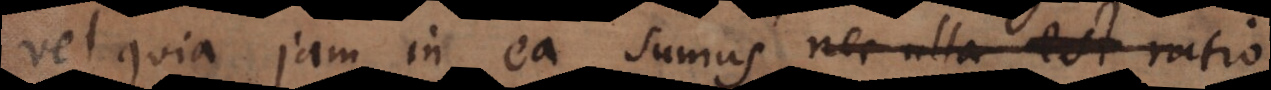
vel quia jam in ea sumus, nec ulla ratio